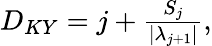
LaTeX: \begin{array}{r}{D_{KY}=j+\frac{S_{j}}{|\lambda_{j+1}|},}\end{array}